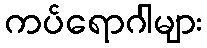
ကပ်ရောဂါများ